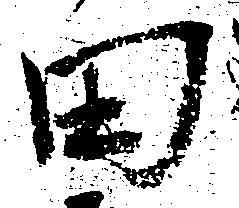
田